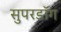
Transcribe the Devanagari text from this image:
सुपरडॉग